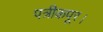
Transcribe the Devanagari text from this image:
पत्रीकपूर।